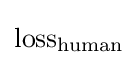
{\text{loss}}_{\text{human}}